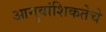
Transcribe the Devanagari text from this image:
आनुवांशिकतेचे